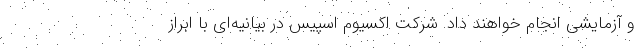
و آزمایشی انجام خواهند داد. شرکت اکسیوم اسپیس در بیانیه‌ای با ابراز